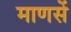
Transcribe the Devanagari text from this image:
माणसें